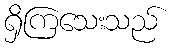
ရှိကြသေးသည်